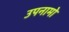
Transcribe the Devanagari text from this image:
उपनामो